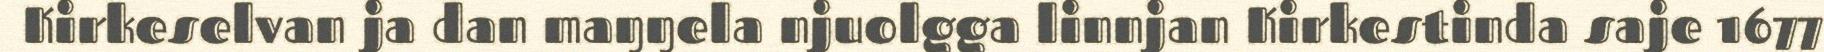
Kirkeselvan ja dan maŋŋela njuolgga linnjan Kirkestinda saje 1677